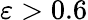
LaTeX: \varepsilon>0.6